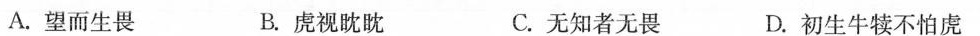
A.望而生畏 B.虎视眈眈 C.无知者无畏 D.初生牛犊不怕虎